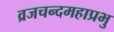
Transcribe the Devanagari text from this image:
व्रजचन्दमहाप्रभु